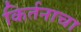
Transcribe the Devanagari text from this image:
किर्तनाचा